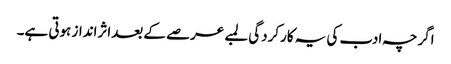
اگرچہ ادب کی یہ کارکردگی لمبے عرصے کے بعداثرانداز ہوتی ہے۔